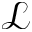
\mathcal { L }